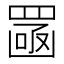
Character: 𦋣